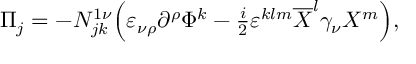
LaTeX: \Pi _ { j } = - N _ { j k } ^ { 1 \nu } \Bigl ( \varepsilon _ { \nu \rho } \partial ^ { \rho } \Phi ^ { k } - { \textstyle \frac i 2 } \varepsilon ^ { k l m } \overline { { { X } } } ^ { l } \gamma _ { \nu } X ^ { m } \Bigr ) ,